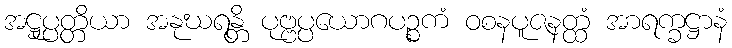
အဋ္ဌုပ္ပတ္တိယာ အနုဃရန္တိ ပုဗ္ဗပ္ပယောဂပဉ္စကံ ဝစနပူဇနတ္ထံ အာရက္ခဋ္ဌာနံ